Vabadussoja_Ajaloo_Komitee, lk 12
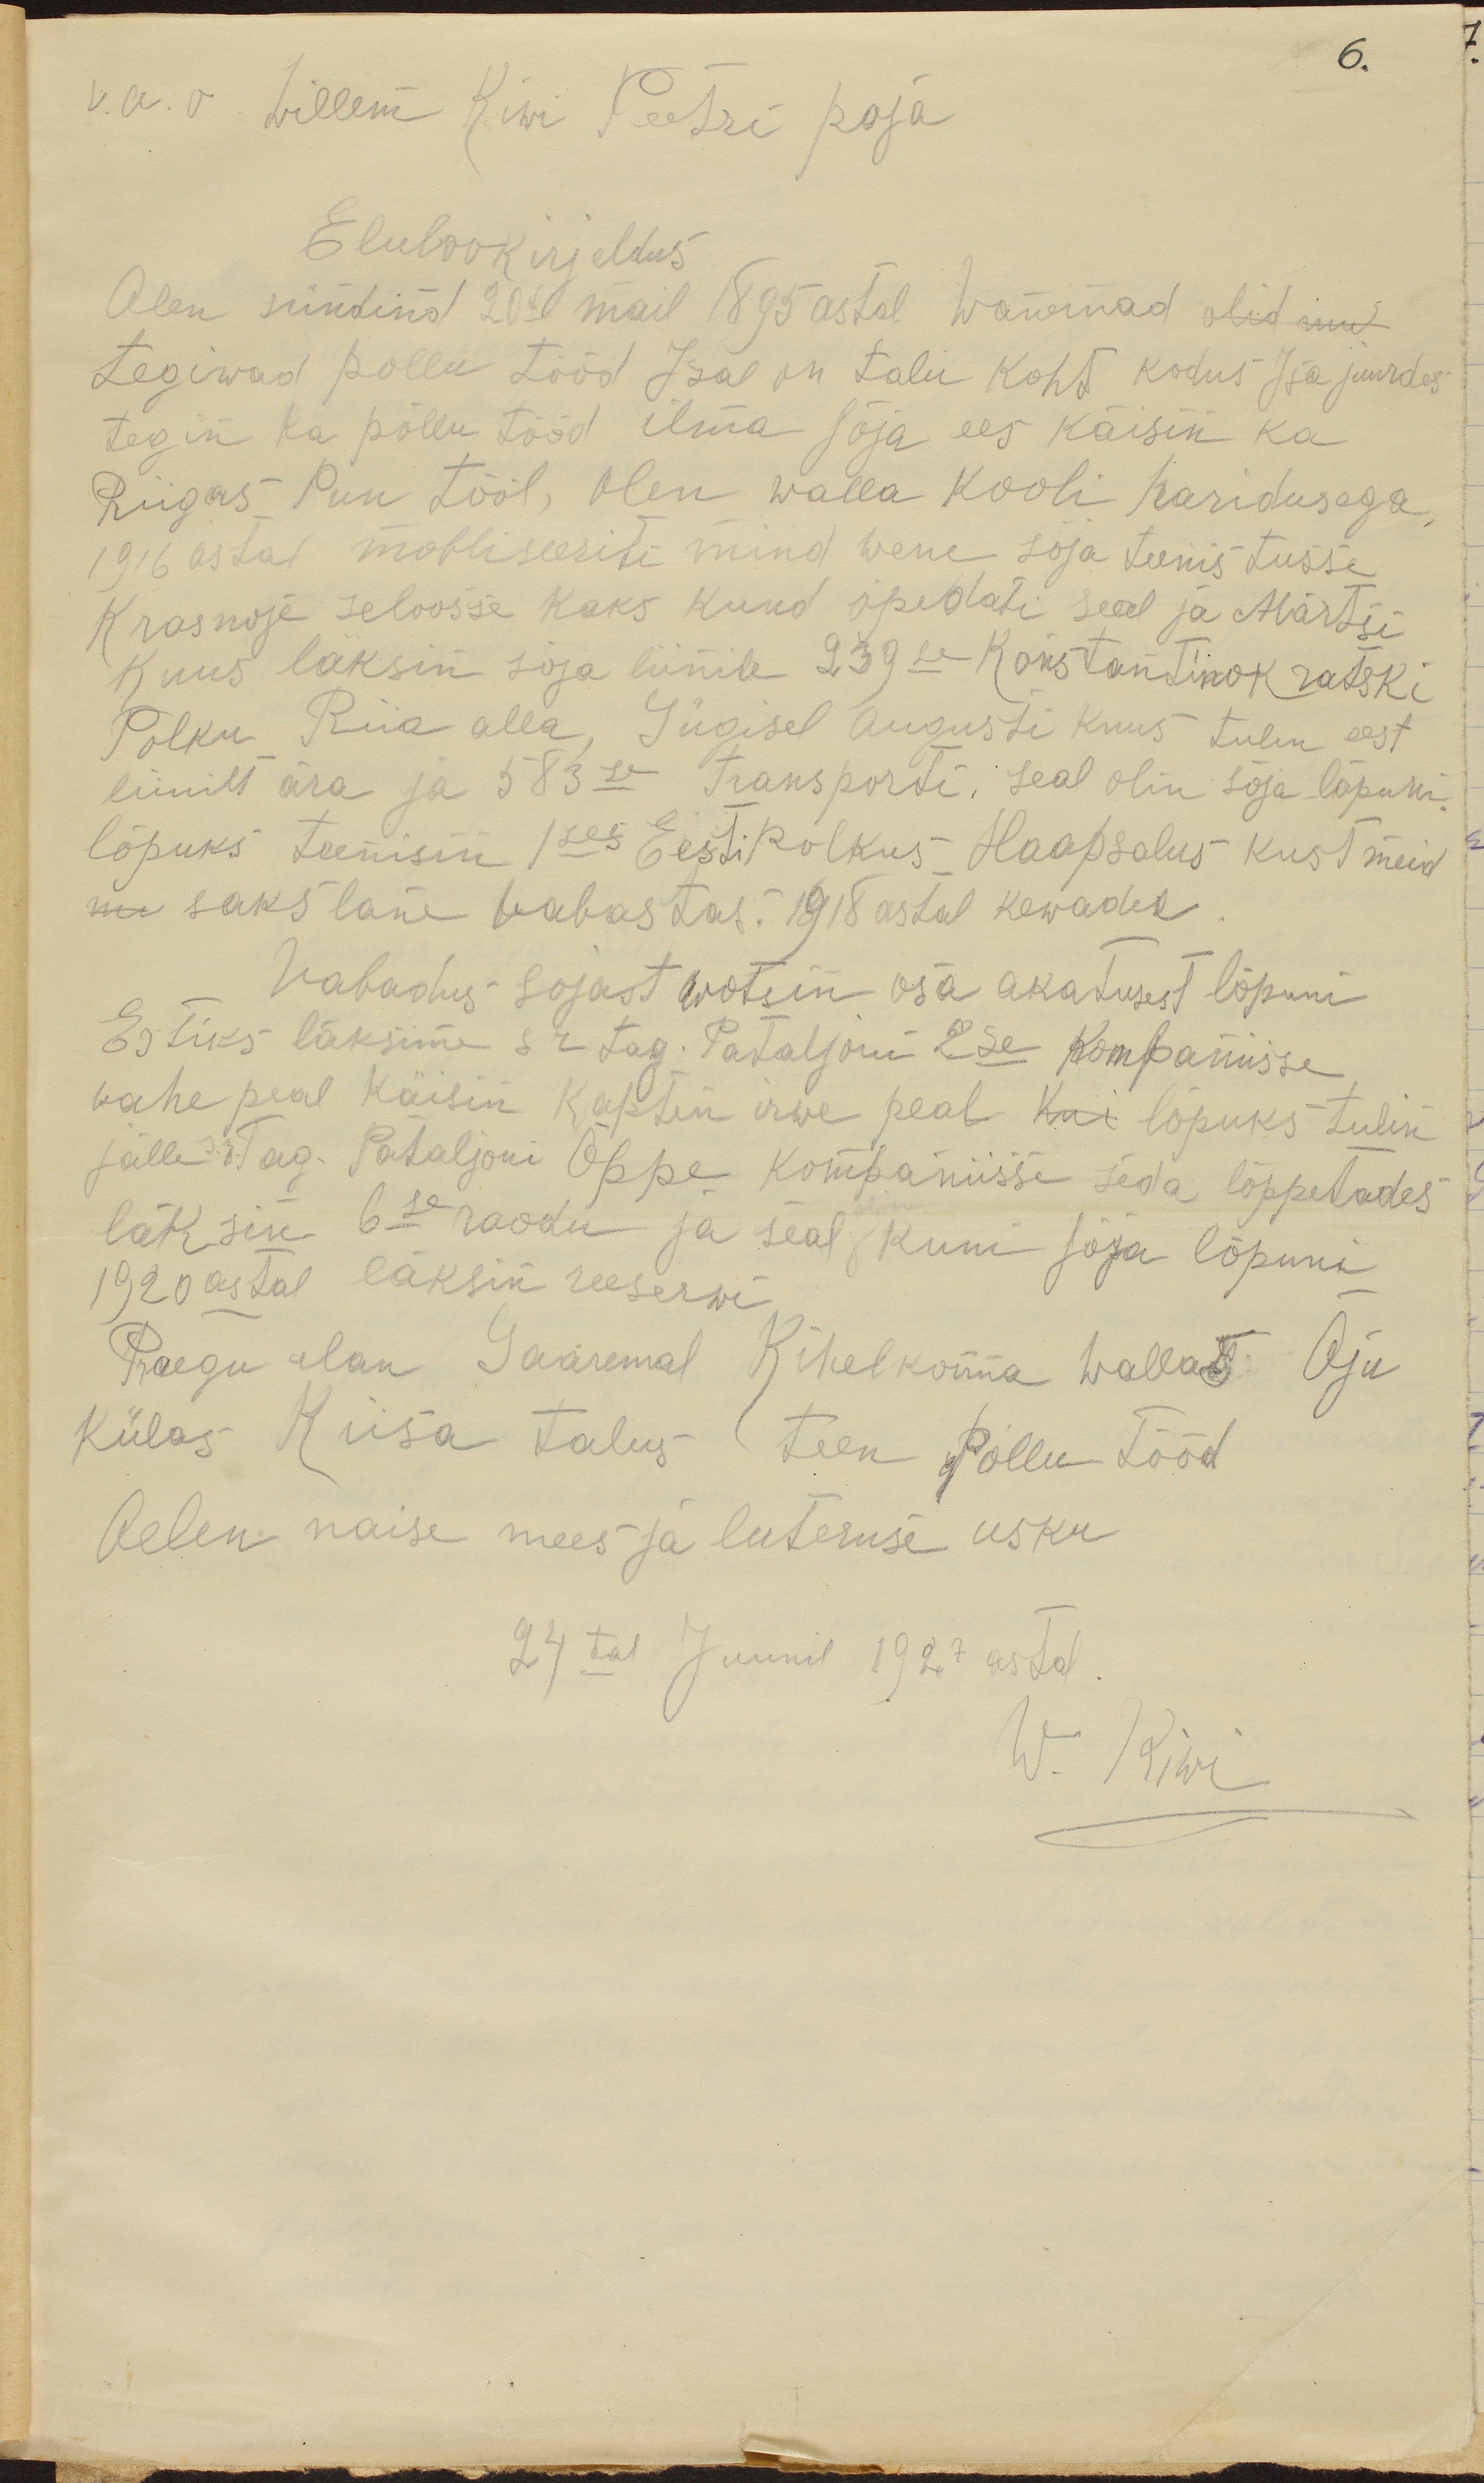
v. a. o. Willem Kiwi Peetri poja
Elulookirjeldus
Olen sündinud 2040 mail 1895 astal wanemad olid mul
tegiwad pollu tööd Isal on talu koht kodus Isa juurdes
tegin ka põllu tööd ilma sõja ees käisin ka
Riigas Puu tööl, olen walla kooli haridusega,
1916 astal mobliseeriti mind wene sõja teenistusse
Krasnoje seloosse kaks kuud opedati seal ja Märtsii
kuus läksin sõja liinile 239le Konstantinokratski
Polku Riia alla, Sügisel augusti kuus tulin eest
liinilt ära ja 583le transporti. Seal olin sõja lõpuni
lõpuks teenisin Ises Eesti polkus Haapsalus kust meid
m sakslane vabastas. 1918 astal kewadel.
Vabadus-sojast wotsin osa akatusest lõpuni
Estiks läksime s r Tag. Pataljoni 2se kompaniisse
vahepeal käisin kapten irwe peal kui lõpuks tulin
jälle s. r. Tag. Pataljoni Õppe kompaniisse seda lõppetades
läksin 6se roodu ja seal kuni sõja lõpuni
1920 astal läksin reeserwi
Praegu elan Saaremal Kihelkonna wallas Oju
külas Kiisa talus teen Põllu tööd
Oelen naise mees ja luteruse usku
24tal Juunil 1927 astal.
W. Kiwi